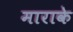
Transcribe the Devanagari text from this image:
माराके